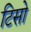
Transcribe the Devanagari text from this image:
टिसो